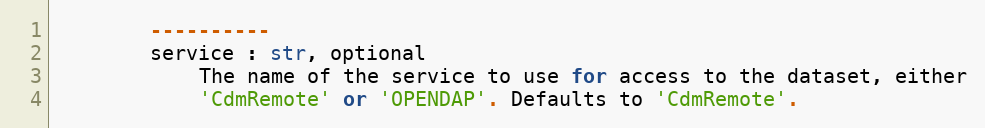
Language: Python
        ----------
        service : str, optional
            The name of the service to use for access to the dataset, either
            'CdmRemote' or 'OPENDAP'. Defaults to 'CdmRemote'.